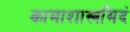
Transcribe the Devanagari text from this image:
कामाशास्त्रमिदं